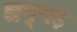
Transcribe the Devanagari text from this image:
छप्पड़